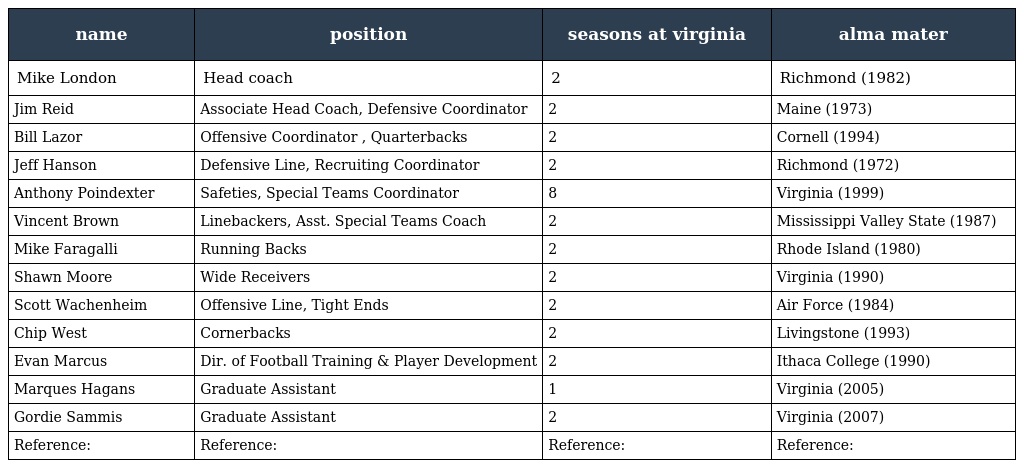
| name | position | seasons at virginia | alma mater |
 | --- | --- | --- | --- |
 | Mike London | Head coach | 2 | Richmond (1982) |
 | Jim Reid | Associate Head Coach, Defensive Coordinator | 2 | Maine (1973) |
 | Bill Lazor | Offensive Coordinator , Quarterbacks | 2 | Cornell (1994) |
 | Jeff Hanson | Defensive Line, Recruiting Coordinator | 2 | Richmond (1972) |
 | Anthony Poindexter | Safeties, Special Teams Coordinator | 8 | Virginia (1999) |
 | Vincent Brown | Linebackers, Asst. Special Teams Coach | 2 | Mississippi Valley State (1987) |
 | Mike Faragalli | Running Backs | 2 | Rhode Island (1980) |
 | Shawn Moore | Wide Receivers | 2 | Virginia (1990) |
 | Scott Wachenheim | Offensive Line, Tight Ends | 2 | Air Force (1984) |
 | Chip West | Cornerbacks | 2 | Livingstone (1993) |
 | Evan Marcus | Dir. of Football Training & Player Development | 2 | Ithaca College (1990) |
 | Marques Hagans | Graduate Assistant | 1 | Virginia (2005) |
 | Gordie Sammis | Graduate Assistant | 2 | Virginia (2007) |
 | Reference: | Reference: | Reference: | Reference: |